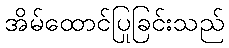
အိမ်ထောင်ပြုခြင်းသည်